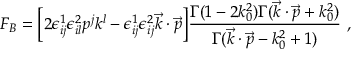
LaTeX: F _ { B } = \bigg [ 2 \epsilon _ { i j } ^ { 1 } \epsilon _ { i l } ^ { 2 } p ^ { j } k ^ { l } - \epsilon _ { i j } ^ { 1 } \epsilon _ { i j } ^ { 2 } \vec { k } \cdot \vec { p } \bigg ] { \frac { \Gamma ( 1 - 2 k _ { 0 } ^ { 2 } ) \Gamma ( \vec { k } \cdot \vec { p } + k _ { 0 } ^ { 2 } ) } { \Gamma ( \vec { k } \cdot \vec { p } - k _ { 0 } ^ { 2 } + 1 ) } } \ ,